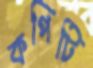
কপিটি